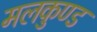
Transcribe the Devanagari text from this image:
मलकुण्ड